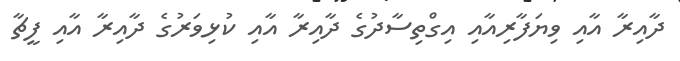
ދާއިރާ އާއި ވިޔަފާރިއާއި އިގްތިސާދުގެ ދާއިރާ އާއި ކުޅިވަރުގެ ދާއިރާ އާއި ފީޗާ